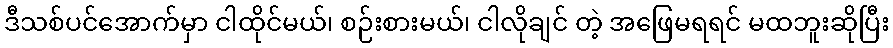
ဒီသစ်ပင်အောက်မှာ ငါထိုင်မယ်၊ စဉ်းစားမယ်၊ ငါလိုချင် တဲ့ အဖြေမရရင် မထဘူးဆိုပြီး